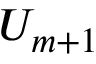
U _ { m + 1 }